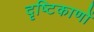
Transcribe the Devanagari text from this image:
दृष्टिकाणों